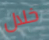
خلال